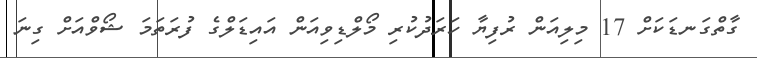
ގާތްގަނޑަކަށް 17 މިލިއަން ރުފިޔާ ހަރަދުކުރި މޯލްޑިވިއަން އައިޑަލްގެ ފުރަތަމަ ޝޯވްއަށް ގިނަ